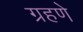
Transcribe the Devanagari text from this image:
ग्रहणे